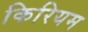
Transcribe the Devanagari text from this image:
किरियम